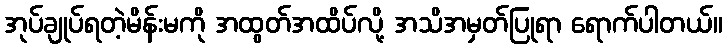
အုပ်ချုပ်ရတဲ့မိန်းမကို အထွတ်အထိပ်လို့ အသိအမှတ်ပြုရာ ရောက်ပါတယ်။